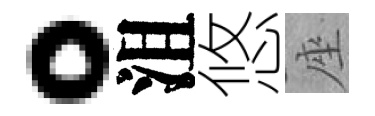
。沮悠座